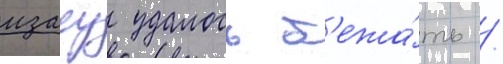
изаеу удалось б'ежа́ть /